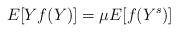
LaTeX: \begin{align*} E[Yf(Y)] =\mu E[f(Y^s)]\end{align*}